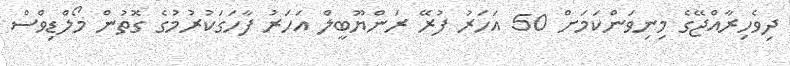
ދިވެހިރާއްޖޭގެ މިނިވަންކަމަށް 50 އަހަރު ފުރޭ ރަންޔޫބީލް އަހަރު ފާހަގަކުރުމުގެ ގޮތުން މޯލްޑިވްސް